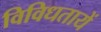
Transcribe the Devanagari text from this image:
विविधतायें